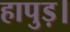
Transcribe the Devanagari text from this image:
हापुड़।